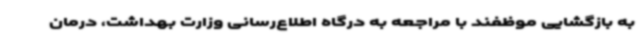
به بازگشایی موظفند با مراجعه به درگاه اطلاع‌رسانی وزارت بهداشت، درمان